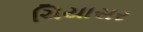
ચિયાસર